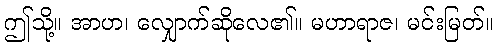
ဤသို့။ အာဟ၊ လျှောက်ဆိုလေ၏။ မဟာရာဇ၊ မင်းမြတ်။